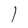
Character: 1